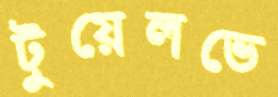
টুয়েলভে